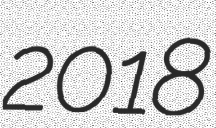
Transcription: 2018